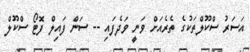
އަސަރު ސްކޫލްތަކުގެ ތެރެއަށް ވަނީ ވަދެފައި -- ސަން ފައިލް ފޮޓޯ ސްކޫލް